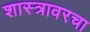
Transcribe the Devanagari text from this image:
शास्त्रावरचा